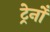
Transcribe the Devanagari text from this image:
ट्रेनोँ